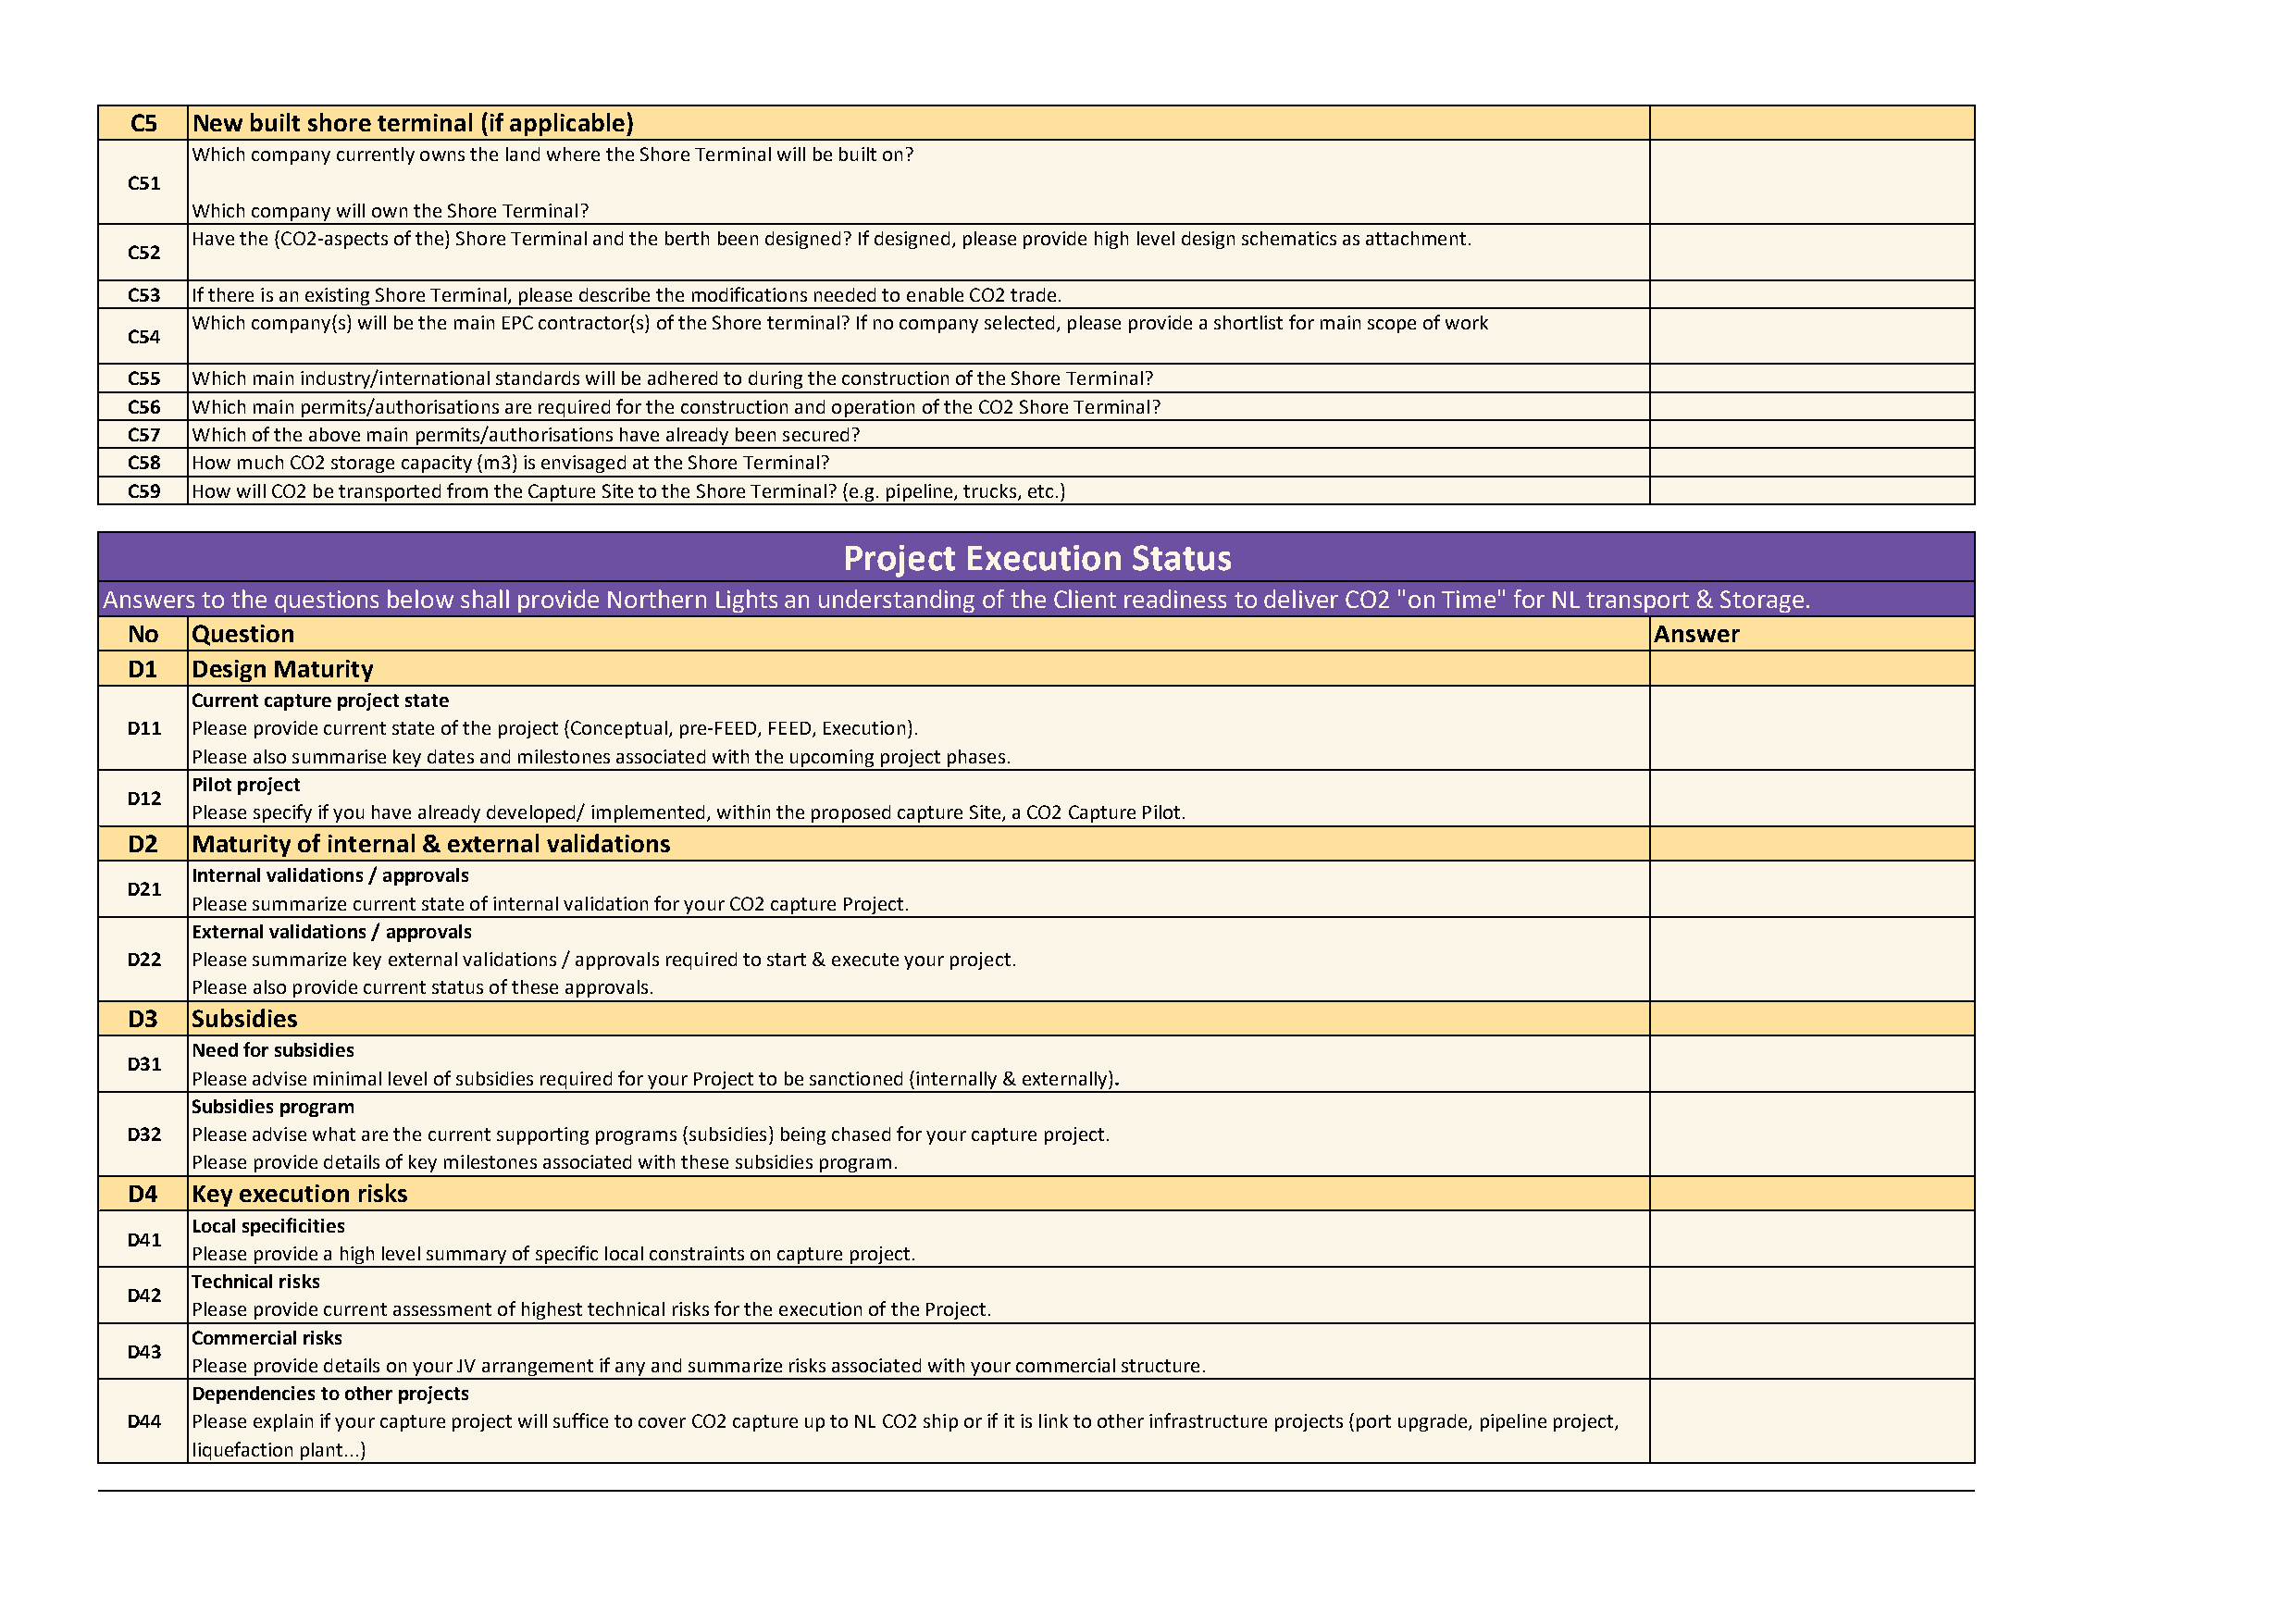
C5   New built shore terminal (if applicable)
 Which company currently owns the land where the Shore Terminal will be built on?
 C51
 Which company will own the Shore Terminal?
 Have the (CO2-aspects of the) Shore Terminal and the berth been designed? If designed, please provide high level design schematics as attachment.
 C52
 C53  If there is an existing Shore Terminal, please describe the modifications needed to enable CO2 trade.
 Which company(s) will be the main EPC contractor(s) of the Shore terminal? If no company selected, please provide a shortlist for main scope of work
 C54
 C55  Which main industry/international standards will be adhered to during the construction of the Shore Terminal?
 C56  Which main permits/authorisations are required for the construction and operation of the CO2 Shore Terminal?
 C57  Which of the above main permits/authorisations have already been secured?
 C58  How much CO2 storage capacity (m3) is envisaged at the Shore Terminal?
 C59  How will CO2 be transported from the Capture Site to the Shore Terminal? (e.g. pipeline, trucks, etc.)
 Project  Execution   Status
 Answers to the questions below shall provide Northern Lights an understanding of the Client readiness to deliver CO2 "on Time" for NL transport & Storage.
 No   Question                                                                                                Answer
 D1   Design Maturity
 Current capture project state
 D11  Please provide current state of the project (Conceptual, pre-FEED, FEED, Execution).
 Please also summarise key dates and milestones associated with the upcoming project phases.
 Pilot project
 D12
 Please specify if you have already developed/ implemented, within the proposed capture Site, a CO2 Capture Pilot.
 D2   Maturity of internal & external validations
 Internal validations / approvals
 D21
 Please summarize current state of internal validation for your CO2 capture Project.
 External validations / approvals
 D22  Please summarize key external validations / approvals required to start & execute your project.
 Please also provide current status of these approvals.
 D3   Subsidies
 Need for subsidies
 D31
 Please advise minimal level of subsidies required for your Project to be sanctioned (internally & externally).
 Subsidies program
 D32  Please advise what are the current supporting programs (subsidies) being chased for your capture project.
 Please provide details of key milestones associated with these subsidies program.
 D4   Key execution risks
 Local specificities
 D41
 Please provide a high level summary of specific local constraints on capture project.
 Technical risks
 D42
 Please provide current assessment of highest technical risks for the execution of the Project.
 Commercial risks
 D43
 Please provide details on your JV arrangement if any and summarize risks associated with your commercial structure.
 Dependencies to other projects
 D44  Please explain if your capture project will suffice to cover CO2 capture up to NL CO2 ship or if it is link to other infrastructure projects (port upgrade, pipeline project,
 liquefaction plant...)